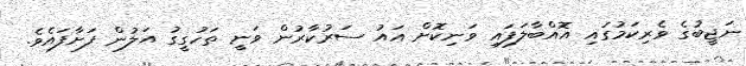
ނަޖީބުގެ ވެރިކަމުގައި އޮއްބާލަފައި ވަނިކޮށް އައު ސަރުކާރުން ވަނީ ތަހުގީގު އަލުން ފަށާފައެވެ.